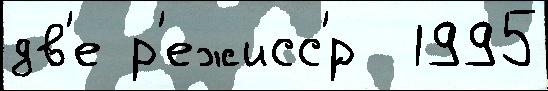
дв'е р'ежисс'́р  1995